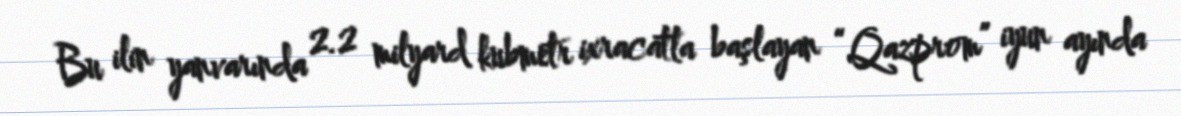
Bu ilin yanvarında 2.2 milyard kubmetr ixracatla başlayan “Qazprom” iyun ayında